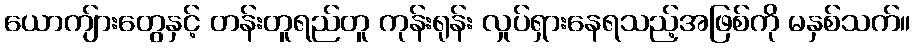
ယောကျ်ားတွေနှင့် တန်းတူရည်တူ ကုန်းရုန်း လှုပ်ရှားနေရသည့်အဖြစ်ကို မနှစ်သက်။